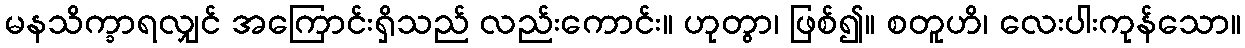
မနသိက္ခာရလျှင် အကြောင်းရှိသည် လည်းကောင်း။ ဟုတွာ၊ ဖြစ်၍။ စတူဟိ၊ လေးပါးကုန်သော။